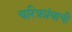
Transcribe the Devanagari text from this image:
चरित्रग्रंथाची